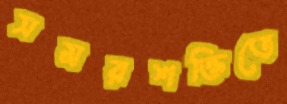
সমরশক্তিতে